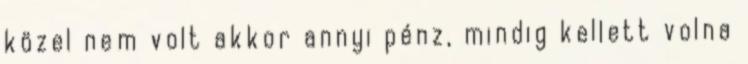
közel nem volt akkor annyi pénz, mindig kellett volna